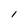
Character: l